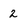
Character: 2